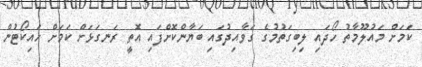
ކަމަށް މައުލޫމާތު ހޯދައި ލިބިގަތުމުގެ ގަވާއިދުގައި ބަޔާންކޮށްފައި އޮތީ ރަނގަޅަށް ކަމަށް ހައިކޯޓުން